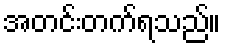
အတင်းတက်ရသည်။